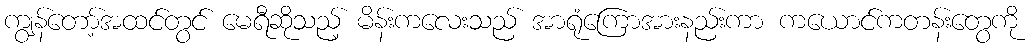
ကျွန်တော့်အထင်တွင် မေရီဆိုသည့် မိန်းကလေးသည် အာရုံကြောအားနည်းကာ ကယောင်ကတန်းတွေကို